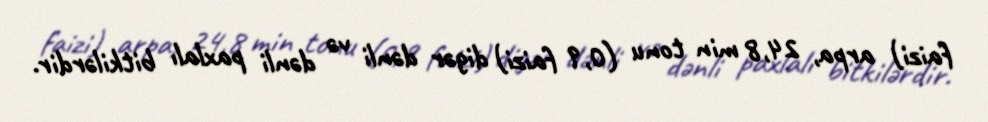
faizi) arpa, 24,8 min tonu (0,9 faizi) digər dənli və dənli paxlalı bitkilərdir.